Document type: Sale
Year: 1435
Scribe: Pere Soler
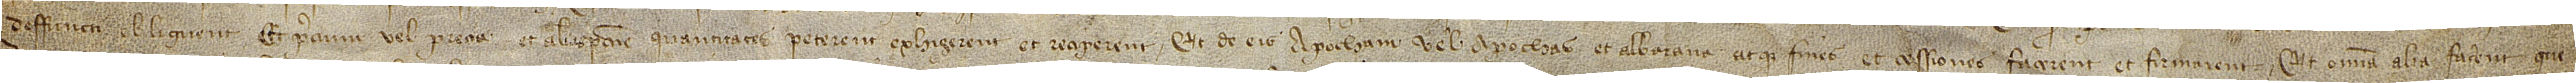
deffuncti obliguent et precium vel precia et alias peccunie quantitates peterent, exhigerent et reciperent; et de eis apocham vel apochas et albarana arque fines et cessiones facerent et firmarent; et omnia alia facerent que